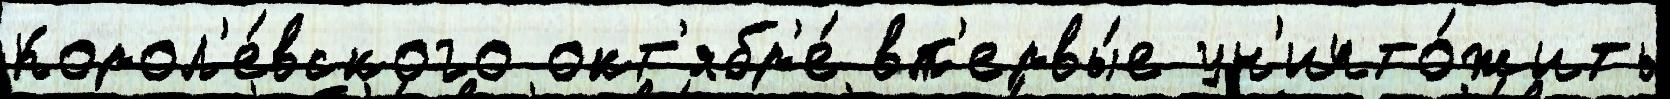
Корол'е́вского окт'ябр'е́ вп'ервы́е ун'ичто́жить